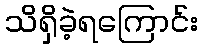
သိရှိခဲ့ရကြောင်း